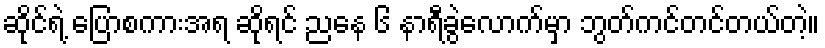
ဆိုင်ရဲ့ ပြောစကားအရ ဆိုရင် ညနေ ၆ နာရီခွဲလောက်မှာ ဘွတ်ကင်တင်တယ်တဲ့။